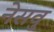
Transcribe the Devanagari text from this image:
नेसवु